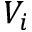
V _ { i }